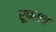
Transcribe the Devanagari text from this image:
रूपराव